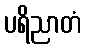
ပရိညာတံ